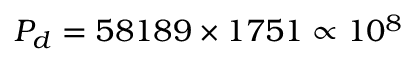
P _ { d } = 5 8 1 8 9 \times 1 7 5 1 \propto 1 0 ^ { 8 }